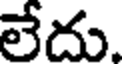
లేదు.